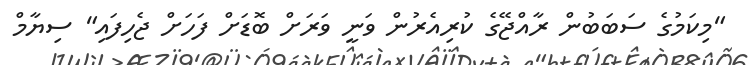
"މިކަމުގެ ސަބަބުން ރާއްޖޭގެ ކުރިއެރުން ވަނީ ވަރަށް ބޮޑަށް ފަހަށް ޖެހިފައި" ސިޔާމް